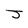
Character: J